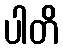
ပါတိ